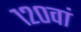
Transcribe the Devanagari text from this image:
१२०वां